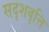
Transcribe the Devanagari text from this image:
सदृशवृत्ति